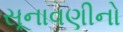
સૂનાવણીનો